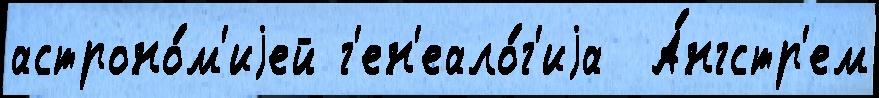
астроно́м'иjей г'ен'еало́г'иjа  А́нгстр'ем